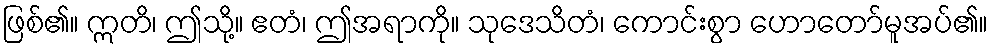
ဖြစ်၏။ ဣတိ၊ ဤသို့။ ဧတံ၊ ဤအရာကို။ သုဒေသိတံ၊ ကောင်းစွာ ဟောတော်မူအပ်၏။